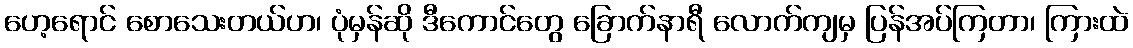
ဟေ့ရောင် စောသေးတယ်ဟ၊ ပုံမှန်ဆို ဒီကောင်တွေ ခြောက်နာရီ လောက်ကျမှ ပြန်အပ်ကြတာ၊ ကြားထဲ